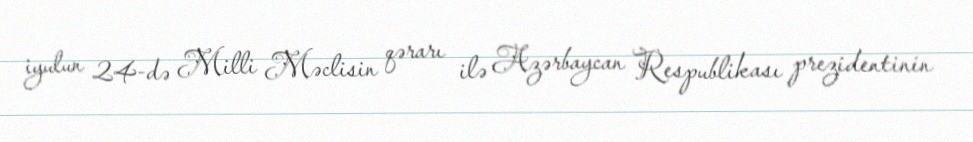
iyulun 24-də Milli Məclisin qərarı ilə Azərbaycan Respublikası prezidentinin